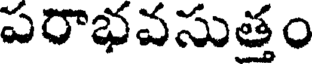
పరాభవసుత్తం